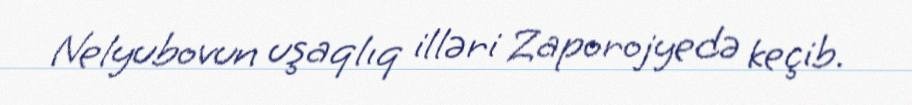
Nelyubovun uşaqlıq illəri Zaporojyedə keçib.